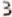
3